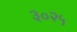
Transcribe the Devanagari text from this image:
३०२५